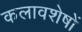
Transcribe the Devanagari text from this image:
कलावशेषों